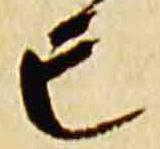
亡